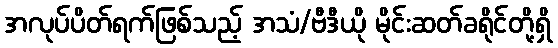
အလုပ်ပိတ်ရက်ဖြစ်သည့် အသံ/ဗီဒီယို မိုင်းဆတ်ခရိုင်တို့ရှိ